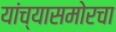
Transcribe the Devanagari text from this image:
यांच्यासमोरचा